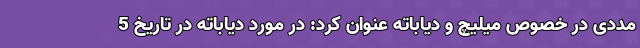
مددی در خصوص میلیچ و دیاباته عنوان کرد: در مورد دیاباته در تاریخ 5